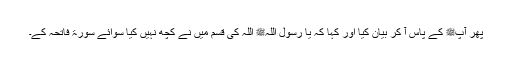
پھر آپﷺ کے پاس آ کر بیان کیا اور کہا کہ یا رسول اللہﷺ اللہ کی قسم میں نے کچھ نہیں کیا سوائے سورۃ فاتحہ کے۔